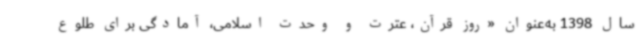
سال 1398 به‌عنوان «روز قرآن، عترت و وحدت اسلامی، آمادگی برای طلوع